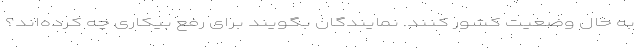
به حال وضعیت کشور کنند. نمایندگان بگویند برای رفع بیکاری چه کرده‌اند؟